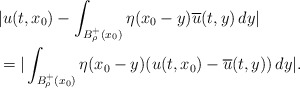
\begin{align*}&|u(t,x_0)-\int_{B^+_\rho(x_0)}\eta(x_0-y)\overline{u}(t,y)\,dy|\\&=|\int_{B^+_\rho(x_0)}\eta(x_0-y)(u(t,x_0)-\overline{u}(t,y))\,dy|.\end{align*}